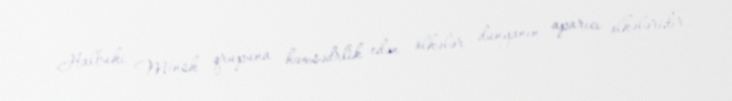
Halbuki Minsk qrupuna həmsədrlik edən ölkələr dünyanın aparıcı ölkələridir,